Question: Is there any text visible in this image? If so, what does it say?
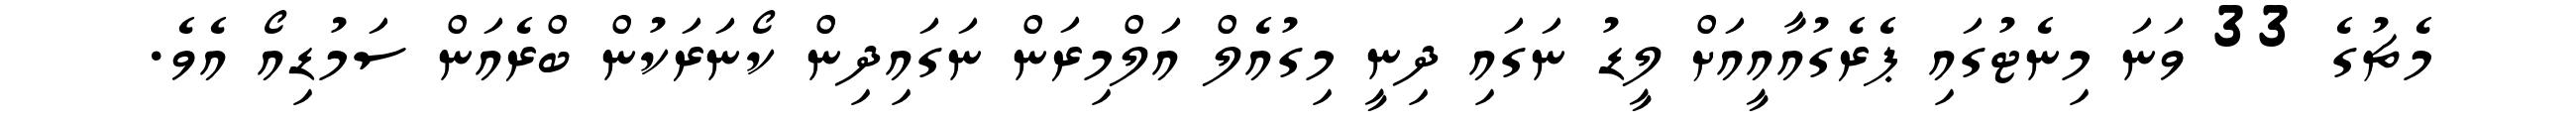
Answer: މެޗުގެ 33 ވަނަ މިނެޓުގައި ޕެރެގުއާއީއަށް ލީޑު ނަގައި ދިނީ މިގުއެލް އަލްމިރަން ނަގައިދިން ކޯނަރަކުން ބްރެއަން ސަމުޑިއޯ އެވެ.